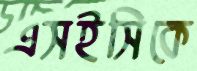
এসইসিকে